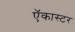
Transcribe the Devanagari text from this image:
ऍकास्टर